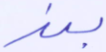
بند